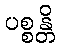
ပစ္စန္တိ